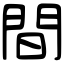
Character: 間